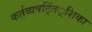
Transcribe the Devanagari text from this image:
कर्तव्यषट्तिं्रशिका